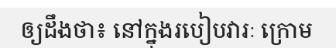
ឲ្យដឹងថា៖ នៅក្នុងរបៀបវារៈ ក្រោម